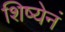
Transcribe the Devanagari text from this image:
शिष्येनं